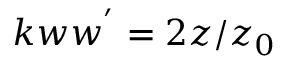
k w w ^ { ' } = 2 z / z _ { 0 }